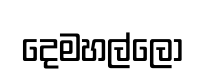
දෙමහල්ලෝ